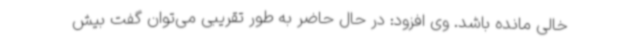
خالی مانده باشد. وی افزود: در حال حاضر به طور تقریبی می‌توان گفت بیش